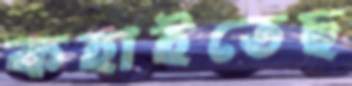
কহাইতেছ